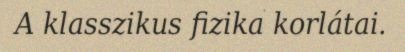
A klasszikus fizika korlátai.